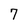
Character: 7